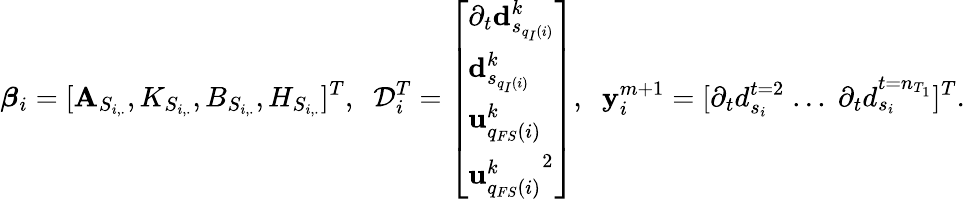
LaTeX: \boldsymbol{\beta}_{i}=[\mathbf{A}_{S_{i,.}},K_{S_{i,.}},B_{S_{i,.}},H_{S_{i,.}}]^{T},\; \; \mathcal{{D}}_{i}^{T}=\left[\begin{array}{l}{\partial_{t}\mathbf{d}_{s_{q_{I}(i)}}^{k}}\\ {\mathbf{d}_{s_{q_{I}(i)}}^{k}}\\ {\mathbf{u}_{q_{FS}(i)}^{k}}\\ {{\mathbf{u}_{q_{FS}(i)}^{k}}^{2}}\end{array}\right],\; \; \mathbf{{y}}_{i}^{m+1}=[\partial_{t}{d}_{s_{i}}^{t=2}\; ...\; \partial_{t}{d}_{s_{i}}^{t=n_{T_{1}}}]^{T}.